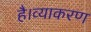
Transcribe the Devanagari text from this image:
है।व्याकरण